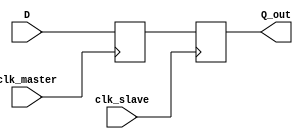
module master_slave_synchronizer (
    input wire D,                // Data input to be synchronized
    input wire clk_master,       // Clock signal for the master flip-flop
    input wire clk_slave,        // Clock signal for the slave flip-flop
    output reg Q_out             // Synchronized output
);

    reg Q_master;                // Output of the master flip-flop

    // Master Flip-Flop
    always @(posedge clk_master) begin
        Q_master <= D;           // Capture input data on clk_master rising edge
    end

    // Slave Flip-Flop
    always @(posedge clk_slave) begin
        Q_out <= Q_master;       // Capture master output on clk_slave rising edge
    end

endmodule